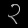
Digit: ၃